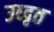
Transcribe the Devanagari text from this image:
उध्दृत